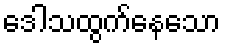
ဒေါသထွက်နေသော